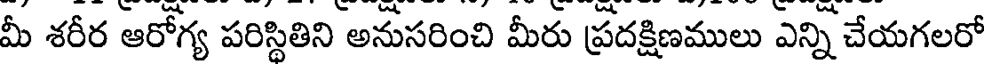
మీ శరీర ఆరోగ్య పరిస్థితిని అనుసరించి మీరు ప్రదక్షిణములు ఎన్ని చేయగలరో